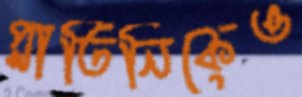
প্লাতিনিকেও